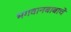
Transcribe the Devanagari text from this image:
भगवानबाबाचे